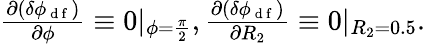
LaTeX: \begin{array}{r}{\frac{\partial(\delta\phi_{\mathrm{~d~f~}})}{\partial\phi}\equiv 0|_{\phi=\frac{\pi}{2}},\frac{\partial(\delta\phi_{\mathrm{~d~f~}})}{\partial R_{2}}\equiv 0|_{R_{2}=0.5}.}\end{array}